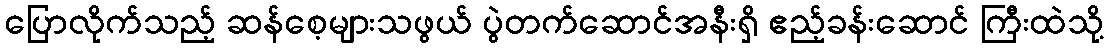
ပြောလိုက်သည့် ဆန်စေ့များသဖွယ် ပွဲတက်ဆောင်အနီးရှိ ဧည့်ခန်းဆောင် ကြီးထဲသို့